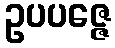
ဥပပဇ္ဇေ